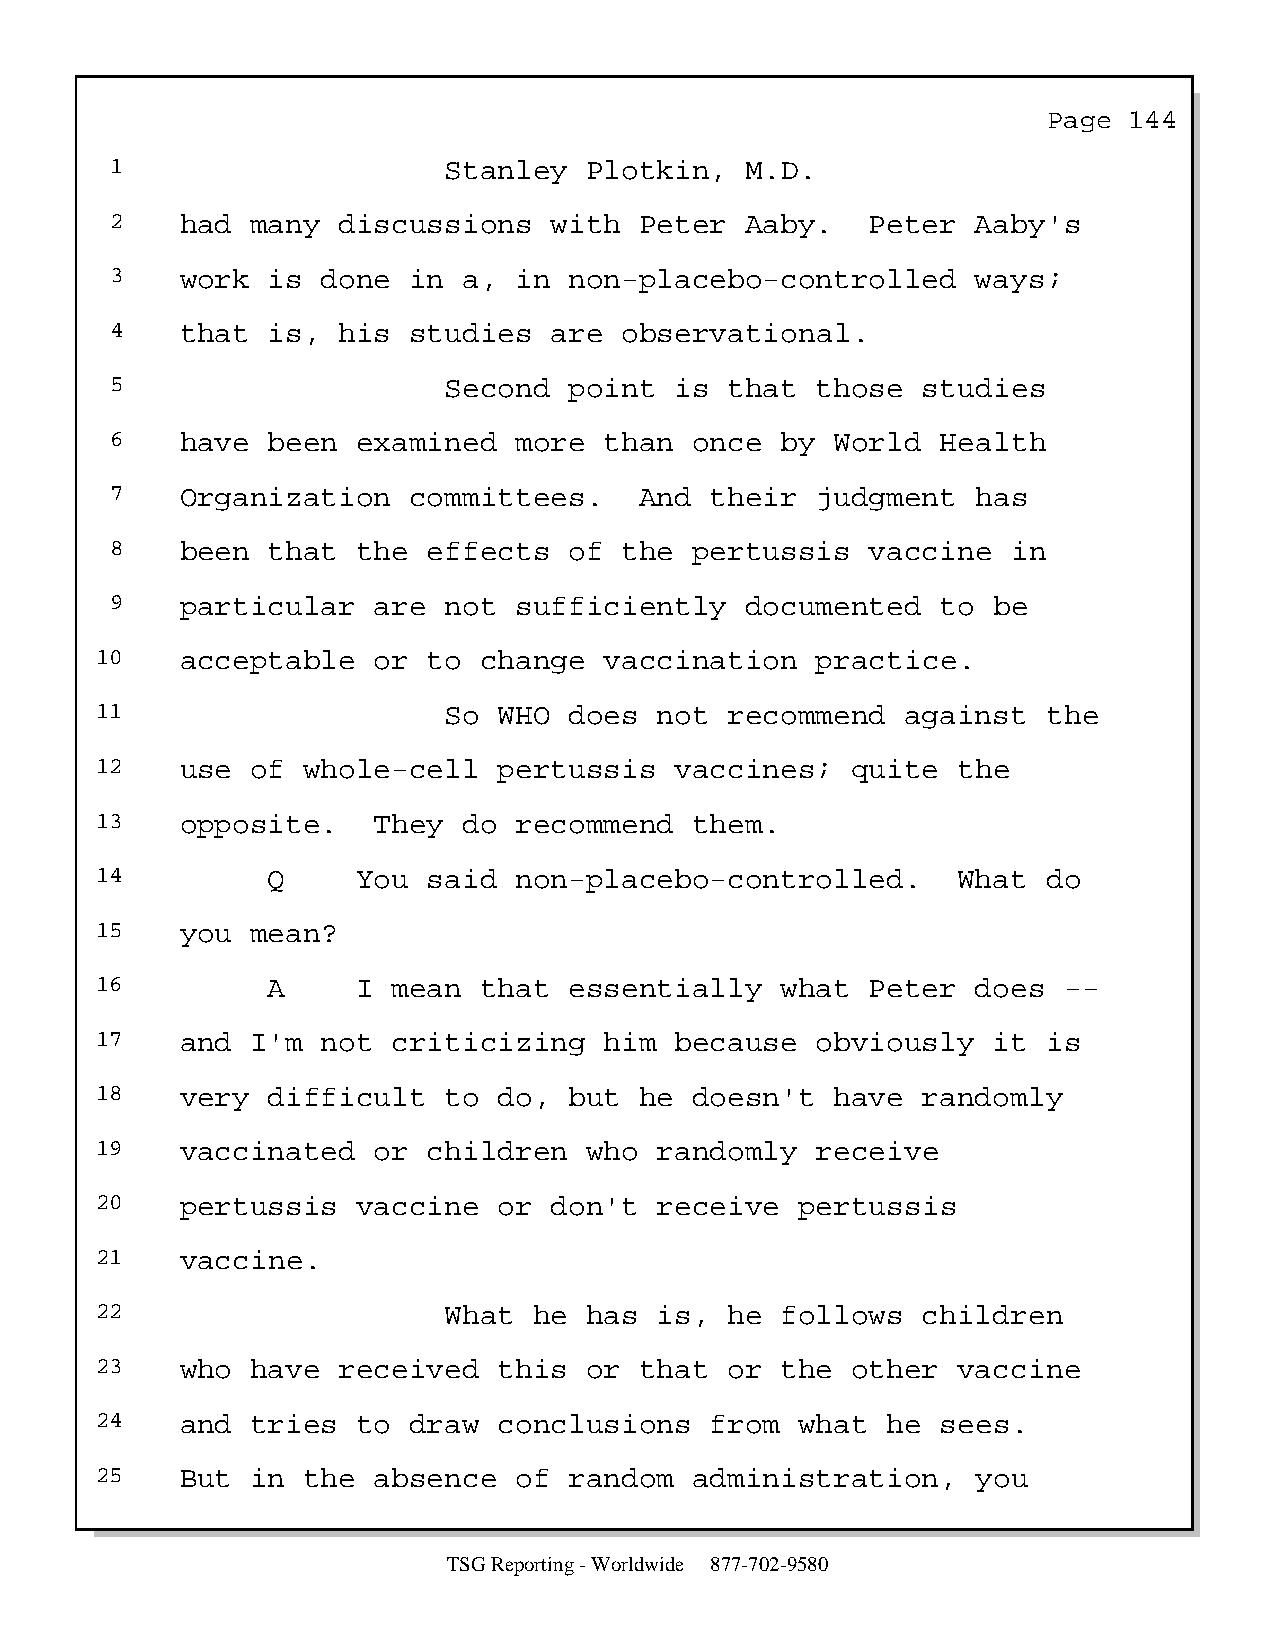
Page  144
 1                     Stanley   Plotkin,  M.D.
 2    had  many discussions   with  Peter  Aaby.    Peter  Aaby's
 3    work  is done  in  a, in  non-placebo-controlled     ways;
 4    that  is, his  studies  are  observational.
 5                     Second   point  is that  those  studies
 6    have  been  examined  more  than  once  by World  Health
 7    Organization   committees.    And  their  judgment   has
 8    been  that  the effects   of the  pertussis   vaccine  in
 9    particular   are not  sufficiently   documented   to  be
 10    acceptable   or to  change  vaccination   practice.
 11                     So  WHO  does  not recommend   against  the
 12    use  of whole-cell   pertussis   vaccines;  quite  the
 13    opposite.    They  do recommend   them.
 14          Q     You said  non-placebo-controlled.      What  do
 15    you  mean?
 16          A     I mean  that  essentially   what  Peter  does --
 17    and  I'm not  criticizing   him  because  obviously   it is
 18    very  difficult  to  do,  but he  doesn't  have  randomly
 19    vaccinated   or children   who  randomly  receive
 20    pertussis   vaccine  or don't   receive  pertussis
 21    vaccine.
 22                     What  he  has  is, he  follows  children
 23    who  have received   this  or that  or  the other  vaccine
 24    and  tries  to draw  conclusions   from  what  he sees.
 25    But  in the  absence  of  random  administration,    you
 TSG Reporting - Worldwide 877-702-9580